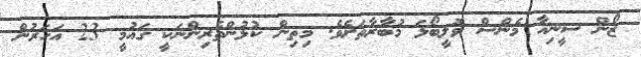
ޒޯން ސީނިއާ މެންސް ވޮލީބޯޅަ މުބާރާތަށެވެ. މިތިން ކުޅުންތެރިންނަކީ ގައުމީ 23 އަހަރުން